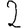
Digit: 2